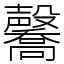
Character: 毊